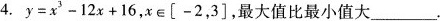
4.$$y = x^{3} - 12 x + 16$$,$$x∈[ -2,3]$$,最大值比最小值大\underline.